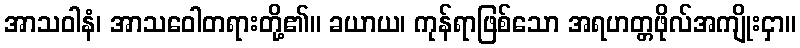
အာသဝါနံ၊ အာသဝေါတရားတို့၏။ ခယာယ၊ ကုန်ရာဖြစ်သော အရဟတ္တဖိုလ်အကျိုးငှာ။